Medical and sanitary report of the native army of Bengal for the year
Year: 1878
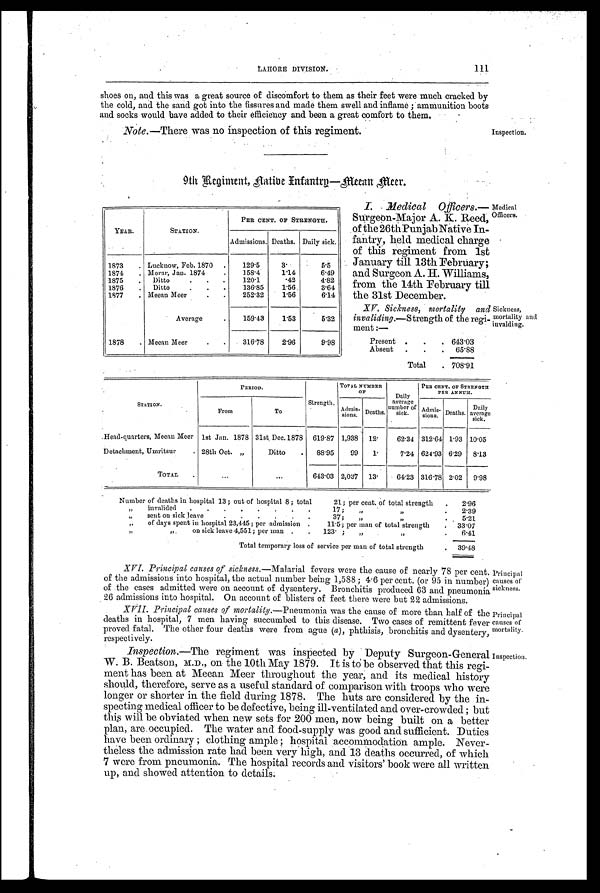
Medical
Officers.
Sickness,
mortality and
invalding.
Principal
causes of
sickness.
Principal
causes of
mortality.
Inspection.
shoes on, and this was a great source of discomfort to them as their feet were much cracked by
the cold, and the sand got into the fissures and made them swell and inflame ; ammunition boots
and socks would have added to their efficiency and been a great comfort to them.
Note. —There was no inspection of this regiment.
Inspection.
9th Regiment, flatibe Infantrg—Meean Meer.
YEAR.
STATION.
PER CENT. OF STRENGTH.
Admissions. Deaths. Daily sick.
1873 . Lucknow, Feb. 1870 .
129.5
3.
5.5
1874 . Morar, Jan. 1874
.
158.4
1.14
6.49
1875 . Ditto
. . .
120.1
. 4 2 4.82
1876
Ditto
. . .
136.85
1.56
3.64
1877 . Meean Meer
. .
252.32
1.56
6.14
Average
.
159.43
1.53
5.32
1878 . Meean Meer
. .
316.78
2.96
9.98
I. Medical Officers. —
Surgeon-Major A. K. Reed,
of the 26th Punjab Native In-
fantry, held. medical charge
of this regiment from 1st
January till 13th February;
and Surgeon A. H Williams,
from the 14th February till
the 31st December.
XV. Sickness, mortalily and
invaliding.—Strength of the regi-
ment :—
Present. . . . 643.03
Absent .
.
. 65.88
Total . 708.91
S T A T I O N .
PERIOD.
Strength.
TOTAL NUMBER OF
Daily
average
number of
sick.
PER CENT. OF STRENGTH
PER A.NNTISI.
From
To
Admis- sions. Deaths.
Admis
- sions. Deaths. Daily
average
sick.
Head-quarters, Meean Meer 1st Jan. 1878 31st Dec,1878 619.87 1,938 12.
62.34 312.64 1.93 10.05
Detachment, Umritsur
. 28th Oct. „
Ditto. 88.95
99 1 .
7.24 624.93 6.29 8.13
TOTAL
...
. . .
643.03 2,037 13.
64.23 316.78 2.02 9.98
Number of deaths in hospital 13 ; out of hospital 8 ; total
21; per cent. of total strength . 2.96
„
invalided . . . . . . . .
17; „ .
„
. 2.39
„ sent on sick leave
. . . . . .
37; ,,
„
. . 5.21
„ of days spent in hospital 23,445; per admission .
11.5; per man of total strength . 33.07
„
„
on sick leave 4,551; per man . . 123. ; „
„
6.41
Total temporary loss of service per man of total strength
. 3 9 . 4 8
XVI. Principal causes of sickness. —Malarial fevers were the cause of nearly 78 per cent.
of the admissions into hospital, the actual number being 1,588; 4.6 per cent. (or 95 in number)
of the cases admitted were on account of dysentery. Bronchitis produced 63 and pneumonia
26 admissions into hospital. On account of blisters of feet there were but 22 admissions.
XVII. Principal causes of mortality. —Pneumonia was the cause of more than half of the
deaths in hospital, 7 men having succumbed to this disease. Two cases of remittent fever
proved. fatal. The other four deaths were from ague ( a), phthisis, bronchitis and dysentery,
respectively.
Inspection .—The regiment was inspected by Deputy Surgeon-General
W. B. Beatson, M.D., on the 10th May 1879. It is to be observed that this regi-
ment has been at Meean Meer throughout the year, and its medical history
should, therefore, serve as a useful standard of comparison with troops who were
longer or shorter in the field during 1878. The huts are considered by the in-
specting medical officer to be defective, being ill-ventilated and over-crowded ; but
this will be obviated when new sets for 200 men, now being built on a better
plan, are. occupied. The water and food-supply was good and sufficient. Duties
have been ordinary ; clothing ample ; hospital :accom.modation ample. Never-
theless the admission rate had been very high, and 13 deaths occurred, of which
7 were from pneumonia. The hospital records and visitors' book were all written
up, and showed attention to details.